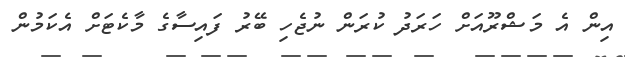
އިން އެ މަޝްރޫއަށް ހަރަދު ކުރަން ނުޖެހި ބޭރު ފައިސާގެ މާކެޓަށް އެކަމުން